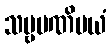
သဗ္ဗမဏိမယံ